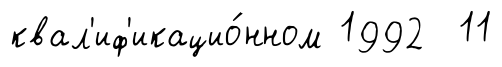
квал'иф'икацио́нном 1992 11